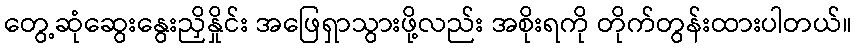
တွေ့ဆုံဆွေးနွေးညှိနှိုင်း အဖြေရှာသွားဖို့လည်း အစိုးရကို တိုက်တွန်းထားပါတယ်။